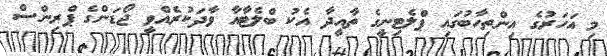
މި އަހަރުގެ އިންތިހާބުގައި ޕްލެޓިނީގެ ތާއީދާ އެކު ބްލެޓާއާ ވާދަކުރެެއްވީ ޖޯޑަންގެ ޕްރިންސް